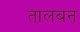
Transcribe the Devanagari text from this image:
तालबन